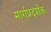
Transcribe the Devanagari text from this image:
मार्गप्रदर्शक